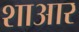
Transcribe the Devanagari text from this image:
शाआर